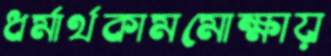
ধর্মার্থকামমোক্ষায়